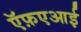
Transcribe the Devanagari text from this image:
ऍफ़एआई